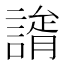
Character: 𧫐